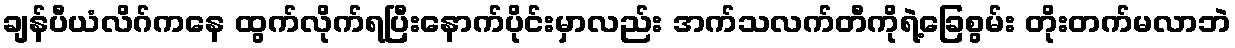
ချန်ပီယံလိဂ်ကနေ ထွက်လိုက်ရပြီးနောက်ပိုင်းမှာလည်း အက်သလက်တီကိုရဲ့ခြေစွမ်း တိုးတက်မလာဘဲ